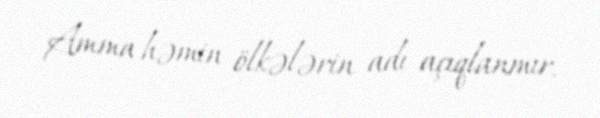
Amma həmin ölkələrin adı açıqlanmır.